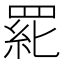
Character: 𱻆